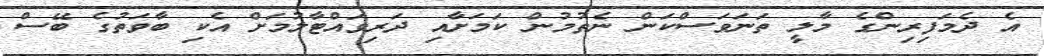
އެ ދެމަފިރިންގެ މާލީ ތަނަވަސްކަން ނެތުމުން ކަމަށާއި ދަރިވައްޓާލުމަށް އެކި ބާވަތުގެ ބޭސް